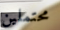
محتملين